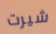
شيرت